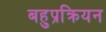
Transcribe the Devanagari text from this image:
बहुप्रक्रियन